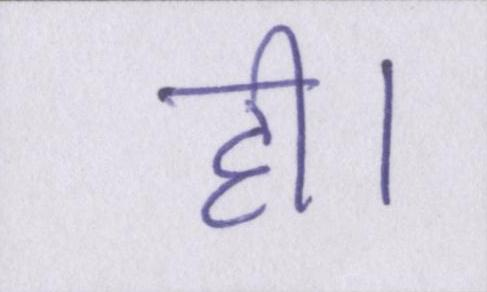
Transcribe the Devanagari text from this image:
ही।